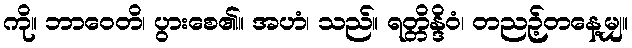
ကို။ ဘာဝေတိ၊ ပွားစေ၏။ အဟံ၊ သည်။ ရတ္တိန္ဒိဝံ၊ တညဉ့်တနေ့မျှ။